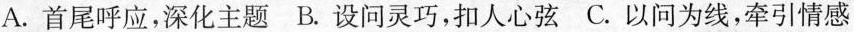
A. 首尾呼应，深化主题 B. 设问灵巧，扣人心弦 C. 以问为线，牵引情感